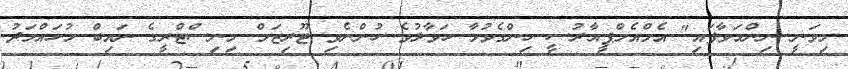
މިވަނީ ނިންމަވާފައި" އެމްއެމްޕީއާރުސީ ހިންގެވުމާ ހަވާލުވެ ހުންނެވި ޓޫރިޒަމް މިނިސްޓްރީގެ ނައިބް މުހައްމަދު